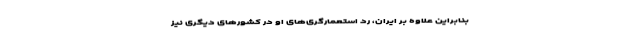
بنابراین علاوه بر ایران، رد استعمارگری‌های او در کشور‌های دیگری نیز